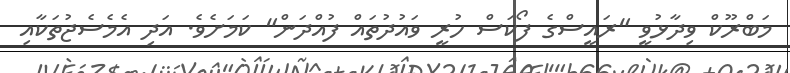
މަބްރޫކް ވިދާޅުވީ "ރައީސްގެ ފޯކަސް ހުރީ ވައުދުތައް ފުއްދަން" ކަމަށެވެ. އަދި އެމެސެޖުތަކާއި